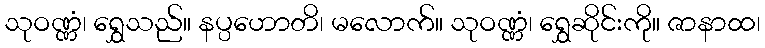
သုဝဏ္ဏံ၊ ရွှေသည်။ နပ္ပဟောတိ၊ မလောက်။ သုဝဏ္ဏံ၊ ရွှေဆိုင်းကို။ ဇာနာထ၊